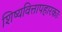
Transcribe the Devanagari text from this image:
शिष्यवित्तापहारकाः